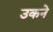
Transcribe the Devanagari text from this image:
उकने